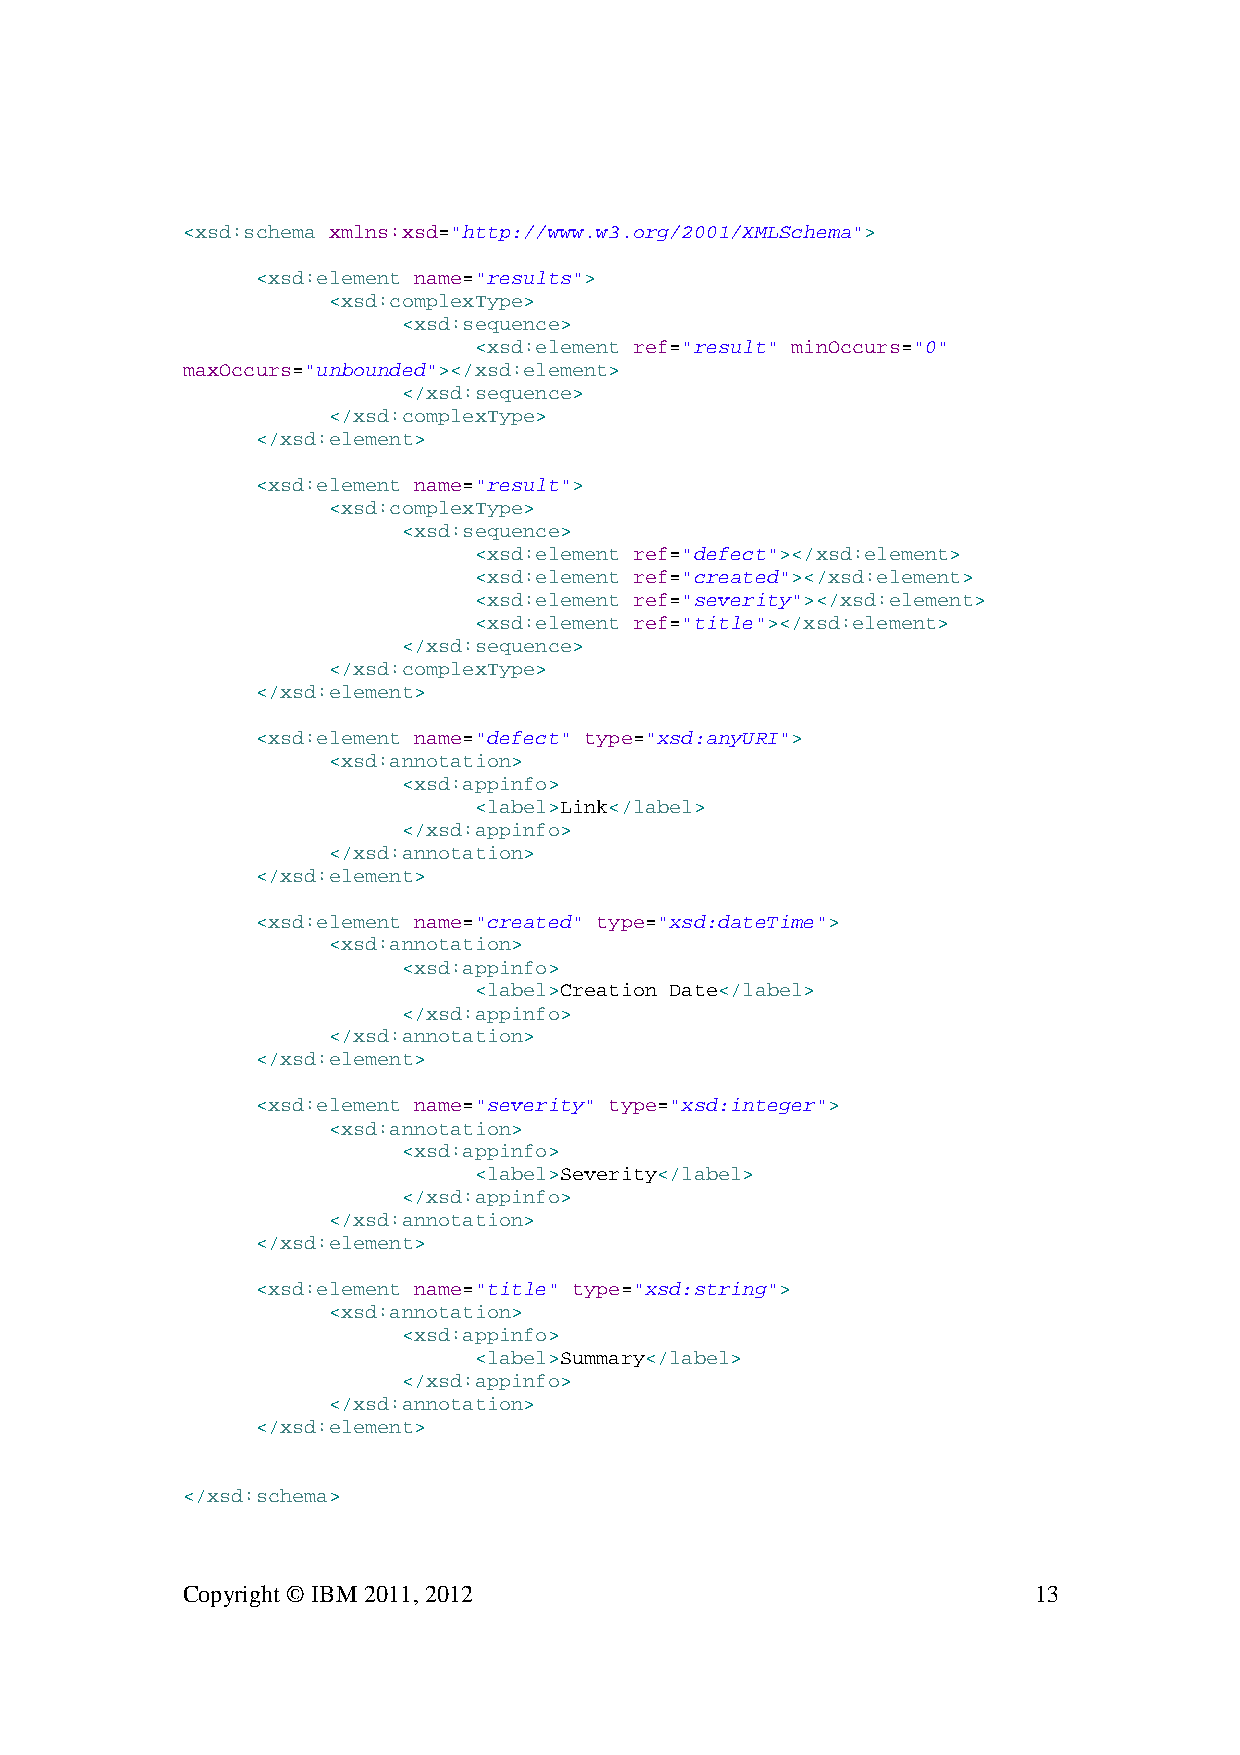
<xsd:schema xmlns:xsd="http://www.w3.org/2001/XMLSchema">
 <xsd:element name="results">
 <xsd:complexType>
 <xsd:sequence>
 <xsd:element ref="result" minOccurs="0"
 maxOccurs="unbounded"></xsd:element>
 </xsd:sequence>
 </xsd:complexType>
 </xsd:element>
 <xsd:element name="result">
 <xsd:complexType>
 <xsd:sequence>
 <xsd:element ref="defect"></xsd:element>
 <xsd:element ref="created"></xsd:element>
 <xsd:element ref="severity"></xsd:element>
 <xsd:element ref="title"></xsd:element>
 </xsd:sequence>
 </xsd:complexType>
 </xsd:element>
 <xsd:element name="defect" type="xsd:anyURI">
 <xsd:annotation>
 <xsd:appinfo>
 <label>Link</label>
 </xsd:appinfo>
 </xsd:annotation>
 </xsd:element>
 <xsd:element name="created" type="xsd:dateTime">
 <xsd:annotation>
 <xsd:appinfo>
 <label>Creation Date</label>
 </xsd:appinfo>
 </xsd:annotation>
 </xsd:element>
 <xsd:element name="severity" type="xsd:integer">
 <xsd:annotation>
 <xsd:appinfo>
 <label>Severity</label>
 </xsd:appinfo>
 </xsd:annotation>
 </xsd:element>
 <xsd:element name="title" type="xsd:string">
 <xsd:annotation>
 <xsd:appinfo>
 <label>Summary</label>
 </xsd:appinfo>
 </xsd:annotation>
 </xsd:element>
 </xsd:schema>
 Copyright © IBM 2011, 2012                              13